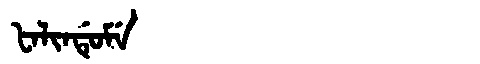
Manchu: ᡶᠠᠯᡳᠨᡩᡠᠮᡝ
Romanization: FALINDUME